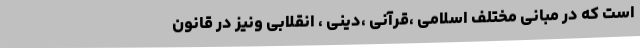
است که در مبانی مختلف اسلامی ،قرآنی ،دینی ، انقلابی ونیز در قانون